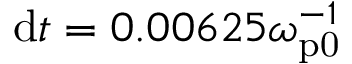
\mathrm { d } t = 0 . 0 0 6 2 5 \omega _ { \mathrm { p 0 } } ^ { - 1 }